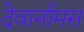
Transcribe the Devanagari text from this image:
देवार्नामस